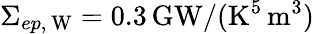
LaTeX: \Sigma_{ep,\, \mathrm{W}}=0.3\, \mathrm{GW}/(\mathrm{K}^{5}\, \mathrm{m}^{3})